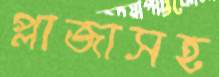
প্লাজাসহ